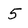
Character: 5